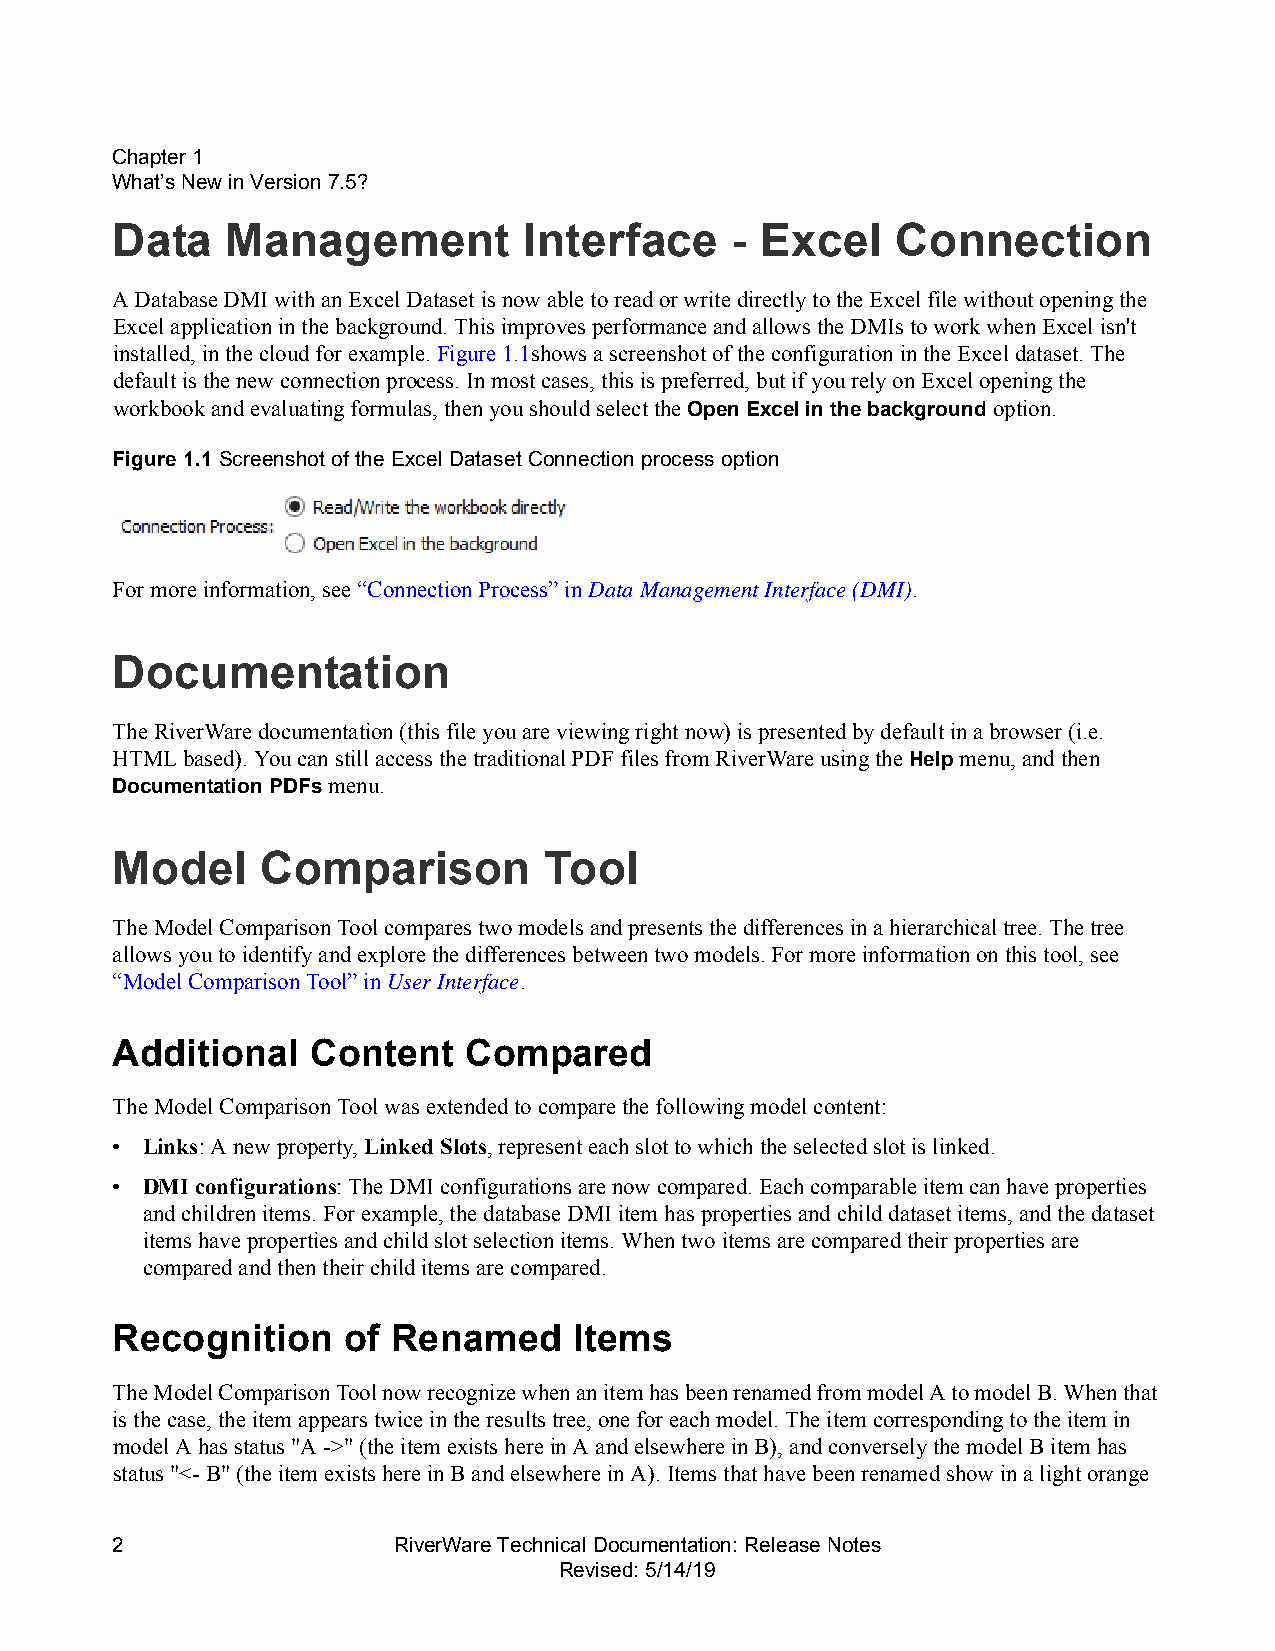
CChhaapptteerr11
 WWhhaatt’’ss NNeeww iinn VVeerrssiioonn77..55??
 Data    Management          Interface    - Excel    Connection
 A Database DMI with an Excel Dataset is now able to read or write directly to the Excel file without opening the
 Excel application in the background. This improves performance and allows the DMIs to work when Excel isn't
 installed, in the cloud for example. Figure1.1shows a screenshot of the configuration in the Excel dataset. The
 default is the new connection process. In most cases, this is preferred, but if you rely on Excel opening the
 workbook and evaluating formulas, then you should select the Open Excel in the background option.
 Figure1.1 Screenshot of the Excel Dataset Connection process option
 For more information, see “Connection Process” in Data Management Interface (DMI).
 Documentation
 The RiverWare documentation (this file you are viewing right now) is presented by default in a browser (i.e.
 HTML based). You can still access the traditional PDF files from RiverWare using the Help menu, and then
 Documentation PDFs menu.
 Model     Comparison         Tool
 The Model Comparison Tool compares two models and presents the differences in a hierarchical tree. The tree
 allows you to identify and explore the differences between two models. For more information on this tool, see
 “Model Comparison Tool” in User Interface.
 Additional    Content   Compared
 The Model Comparison Tool was extended to compare the following model content:
 • Links: A new property, Linked Slots, represent each slot to which the selected slot is linked.
 • DMI configurations: The DMI configurations are now compared. Each comparable item can have properties
 and children items. For example, the database DMI item has properties and child dataset items, and the dataset
 items have properties and child slot selection items. When two items are compared their properties are
 compared and then their child items are compared.
 Recognition     of Renamed     Items
 The Model Comparison Tool now recognize when an item has been renamed from model A to model B. When that
 is the case, the item appears twice in the results tree, one for each model. The item corresponding to the item in
 model A has status "A ->" (the item exists here in A and elsewhere in B), and conversely the model B item has
 status "<- B" (the item exists here in B and elsewhere in A). Items that have been renamed show in a light orange
 2                  RiverWare Technical Documentation: Release Notes
 Revised: 5/14/19